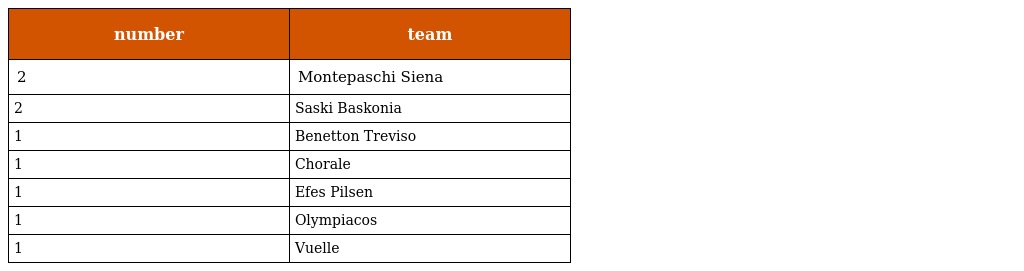
| number | team |
 | --- | --- |
 | 2 | Montepaschi Siena |
 | 2 | Saski Baskonia |
 | 1 | Benetton Treviso |
 | 1 | Chorale |
 | 1 | Efes Pilsen |
 | 1 | Olympiacos |
 | 1 | Vuelle |